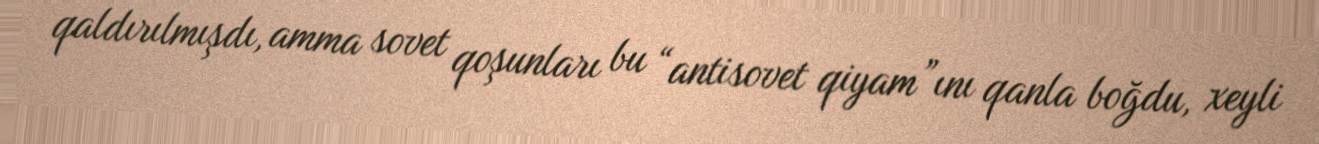
qaldırılmışdı, amma sovet qoşunları bu “antisovet qiyam”ını qanla boğdu, xeyli